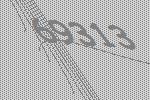
69313